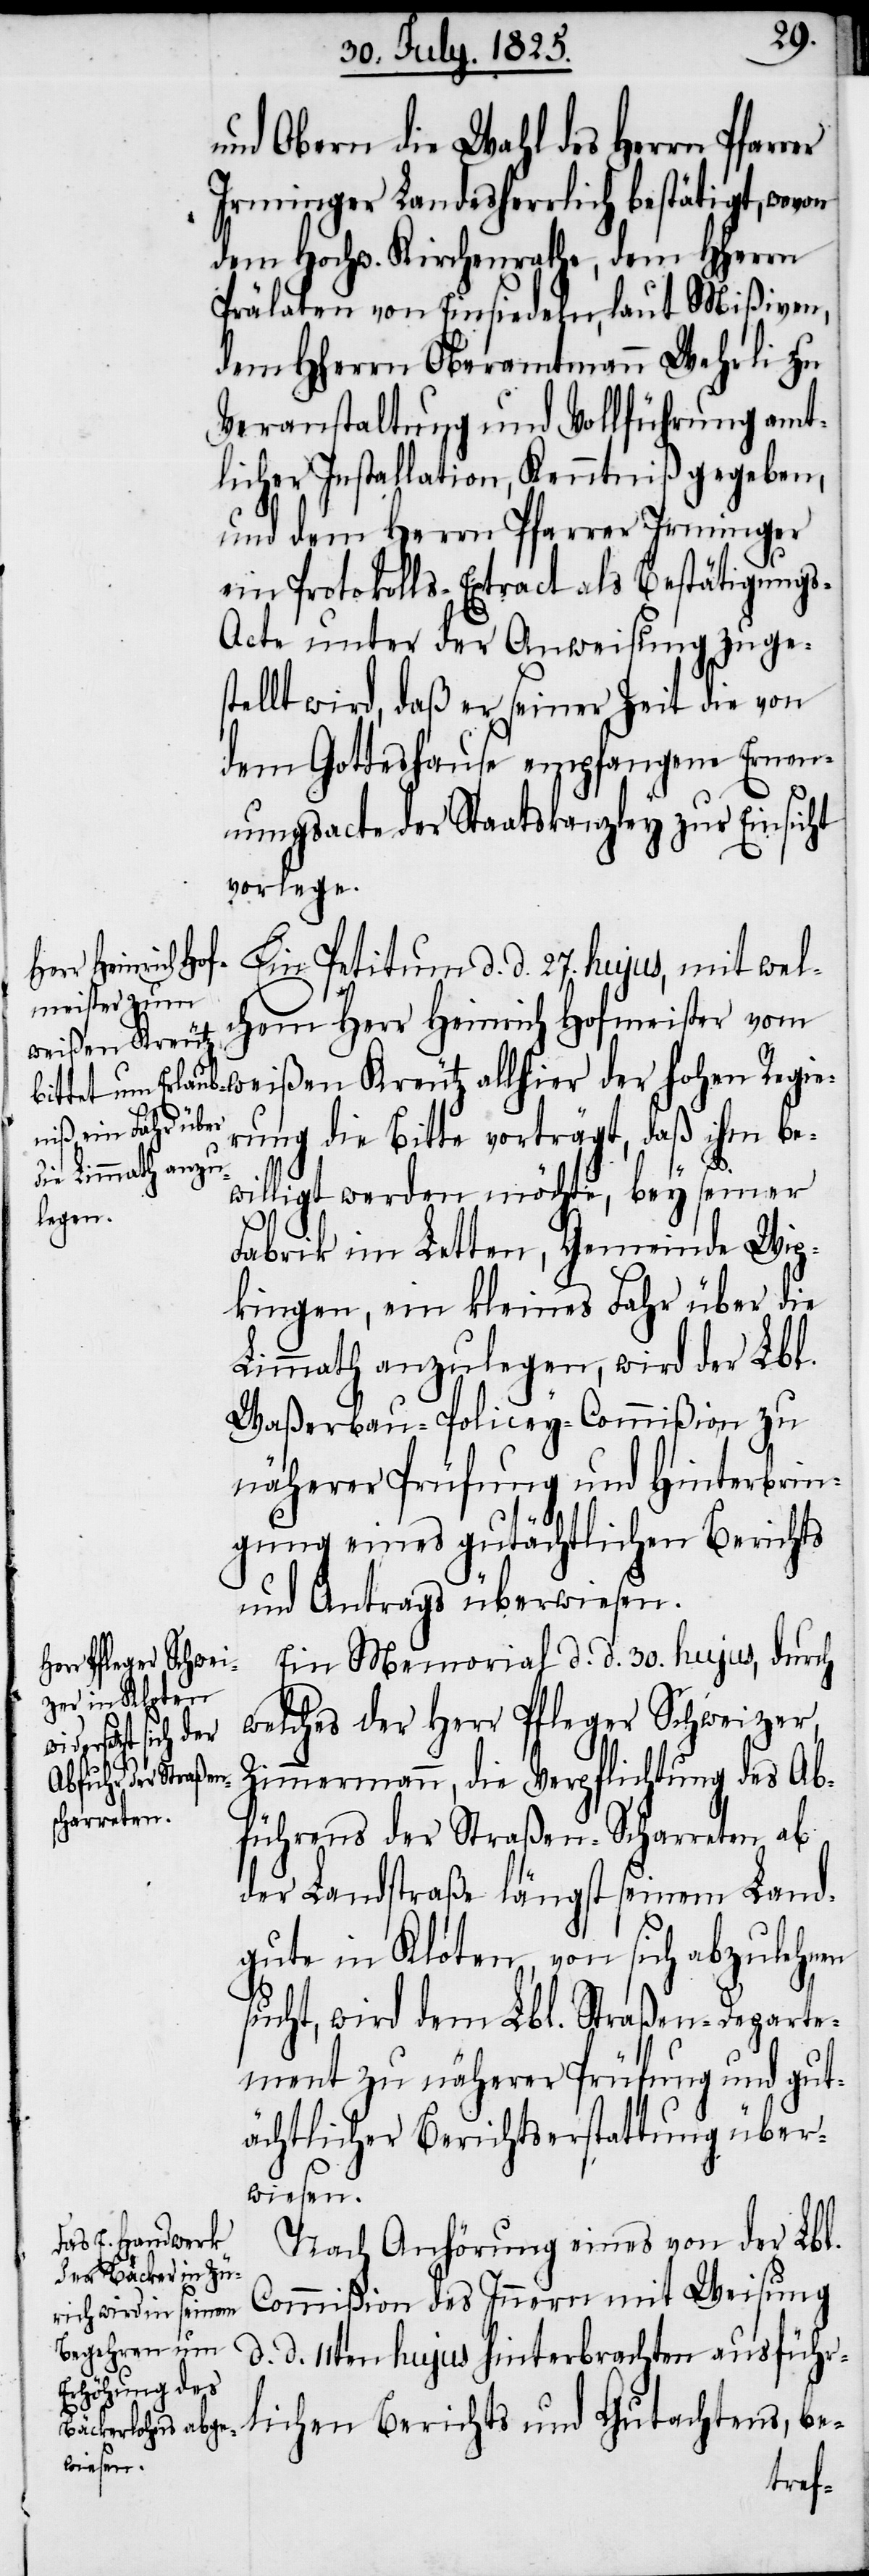
und Obern die Wahl des Herrn Pfarr¬
Irminger Landesherrlich bestätigt, wovon
dem Hochw. Kirchenrathe, dem HHerrn
Prälaten von Einsiedeln, laut Mißiven,
dem HHerrn Oberamtmann Wehrli zu
Veranstaltung und Vollführung amt¬
licher Installation, Kenntniß gegeben,
und dem Herrn Pfarrer Irminger
ein Protokolls-Extract als Bestätigung¬
s-Acte unter der Anweisung zuge¬
stellt wird, daß er seiner Zeit die von
dem Gotteshause empfangene Ernen¬
nungsacte der Staatskanzley zur Einsicht
vorlege.
der hohen Reg¬
Ein Petitum d. d. 27. hujus, mit wel¬
chem Herr Heinrich Hofmeister vom
weißen Kreutz
rung die Bitte vorträgt, daß ihm be¬
willigt werden möchte, bey seiner
Fabrik im Letten, Gemeinde Wip¬
kingen, ein kleines Fahr über die
Limmath anzulegen, wird der Lbl.
Waßerbau-Policey-Commißion zu
näherer Prüfung und Hinterbrin¬
gung eines gutächtlichen Berichts
und Antrags überwiesen.
Ein Memorial d. d. 30. hujus, durch
welches der Herr Pfleger Schweizer,
Zimmermann, die Verpflichtung des Ab¬
führens der Straßen-Scharreten ab
der Landstraße längst seinem Land¬
gute in Kloten, von sich abzulehnen
sucht, wird dem Lbl. Straßen-Departe¬
ment zu näherer Prüfung und gut¬
ächtlicher Berichtserstattung über¬
wiesen.
Nach Anhörung eines von der Lbl.
Commißion des Innern mit Weisung
d. d. 11ten hujus hinterbrachten ausführ¬
ie¬
lichen Berichts und Gutachtens, be-